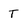
Character: T